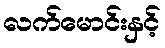
လက်မောင်းနှင့်